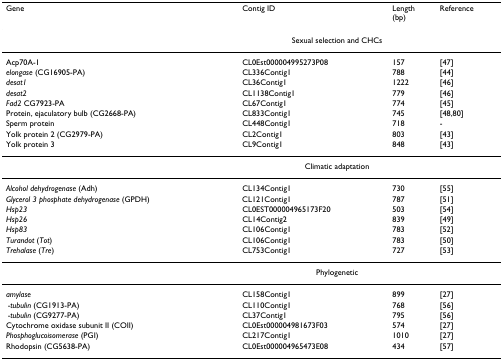
| Gene | Contig ID | Length(bp) | Reference |
 | --- | --- | --- | --- |
 |  | <COLSPAN=2> Sexual selection and CHCs |  |
 | Acp70A-1 | CL0Est000004995273P08 | 157 | [47] |
 | elongase (CG16905-PA) | CL336Contig1 | 788 | [44] |
 | desat1 | CL36Contig1 | 1222 | [46] |
 | desat2 | CL1138Contig1 | 779 | [46] |
 | Fad2 CG7923-PA | CL67Contig1 | 774 | [45] |
 | Protein, ejaculatory bulb (CG2668-PA) | CL833Contig1 | 745 | [48,80] |
 | Sperm protein | CL448Contig1 | 718 | - |
 | Yolk protein 2 (CG2979-PA) | CL2Contig1 | 803 | [43] |
 | Yolk protein 3 | CL9Contig1 | 848 | [43] |
 |  | <COLSPAN=2> Climatic adaptation |  |
 | Alcohol dehydrogenase (Adh) | CL134Contig1 | 730 | [55] |
 | Glycerol 3 phosphate dehydrogenase (GPDH) | CL121Contig1 | 787 | [51] |
 | Hsp23 | CL0EST000004965173F20 | 503 | [54] |
 | Hsp26 | CL14Contig2 | 839 | [49] |
 | Hsp83 | CL106Contig1 | 783 | [52] |
 | Turandot (Tot) | CL106Contig1 | 783 | [50] |
 | Trehalase (Tre) | CL753Contig1 | 727 | [53] |
 |  | <COLSPAN=2> Phylogenetic |  |
 | amylase | CL158Contig1 | 899 | [27] |
 | α-tubulin (CG1913-PA) | CL110Contig1 | 768 | [56] |
 | β-tubulin (CG9277-PA) | CL37Contig1 | 795 | [56] |
 | Cytochrome oxidase subunit II (COII) | CL0Est000004981673F03 | 574 | [27] |
 | Phosphoglucoisomerase (PGI) | CL217Contig1 | 1010 | [27] |
 | Rhodopsin (CG5638-PA) | CL0Est000004965473E08 | 434 | [57] |